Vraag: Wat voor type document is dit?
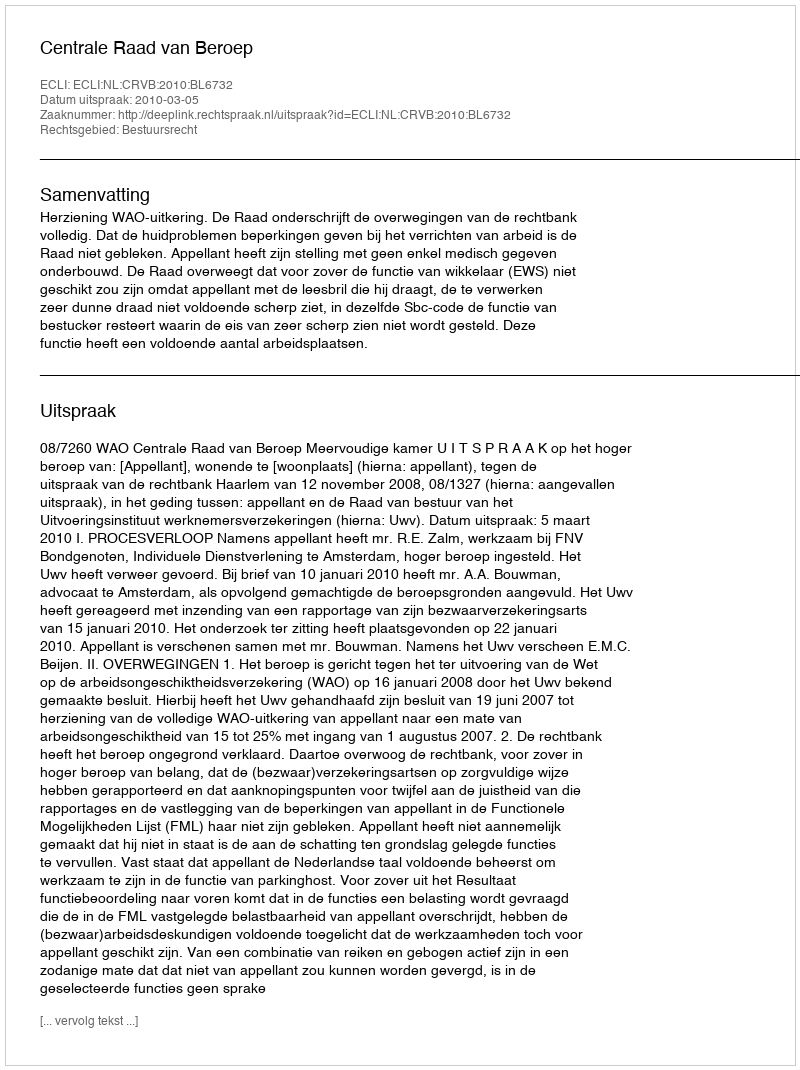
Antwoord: Uitspraak